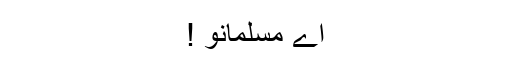
اے مسلمانو !